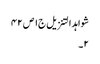
شواہد التنزیل ج١ ص ٤٢
٢۔